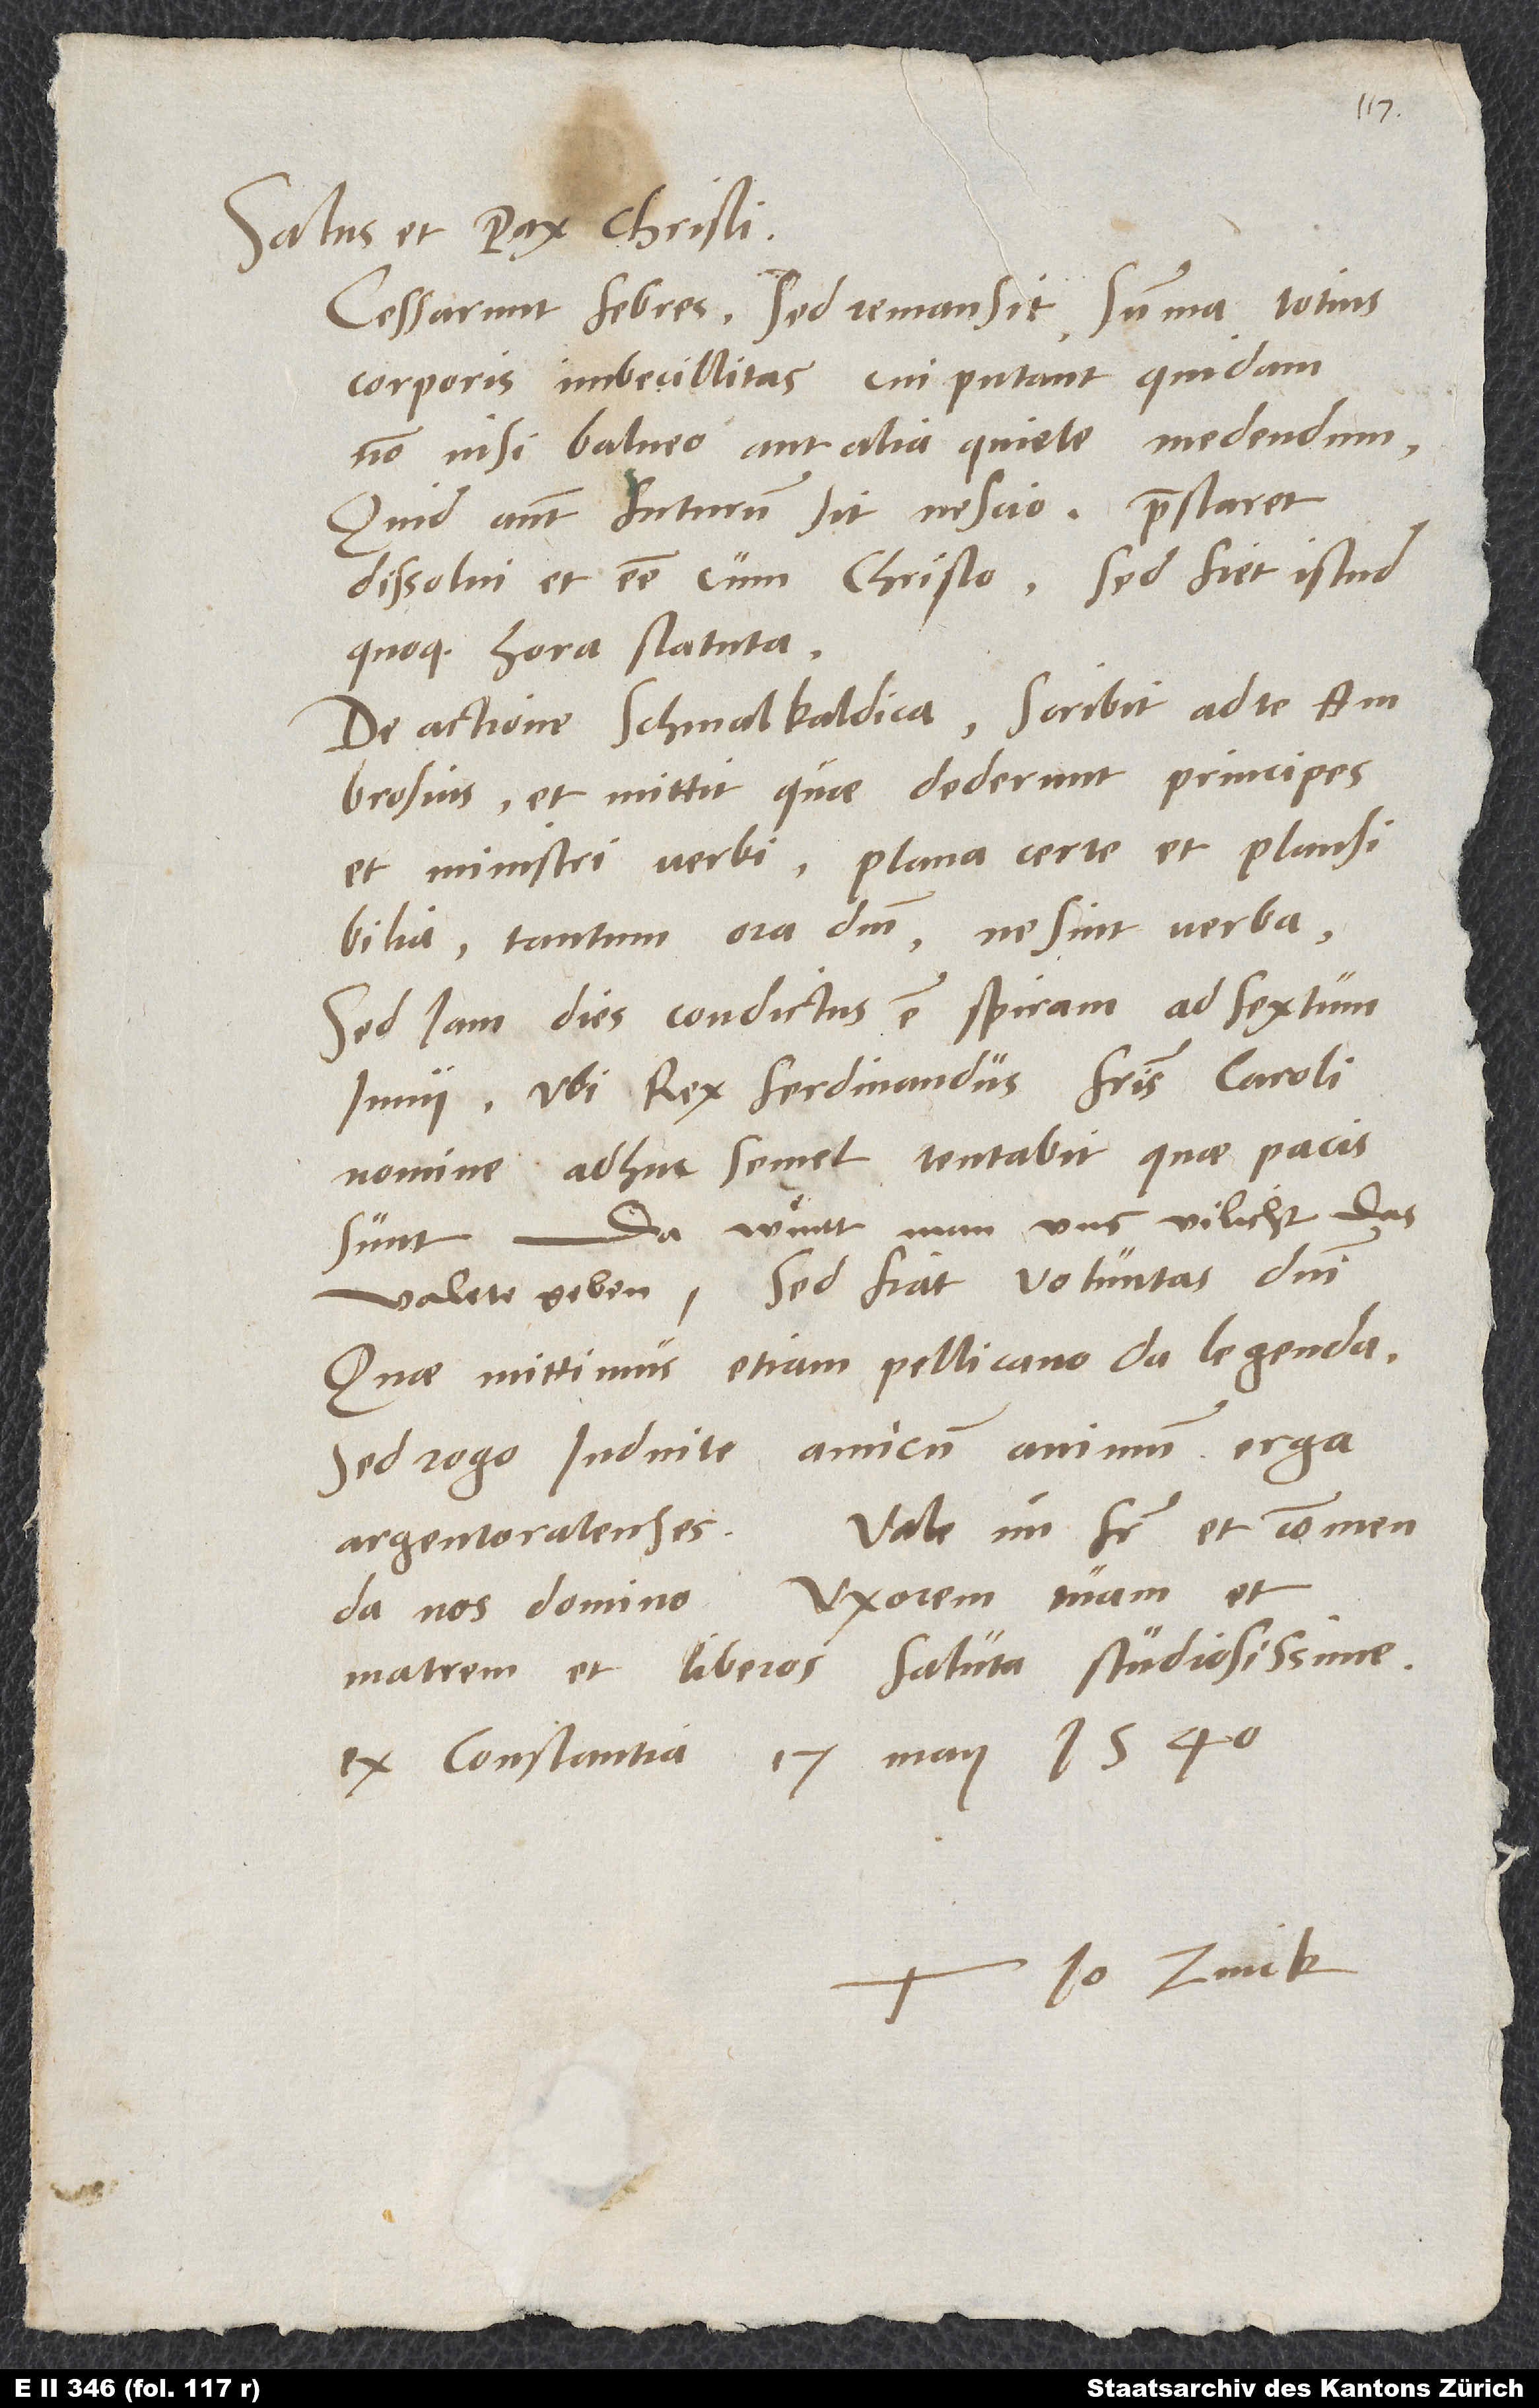
Salus et pax Christi.
Cessarunt febres, sed remansit summa totius
corporis imbecillitas, cui putant quidam
non nisi balneo aut alia quiete medendum.
Quid autem futurum sit, nescio. Praestaret
dissolvi et esse cum Christo; sed fiet istud
quoque hora statuta.
De actione Schmalkaldica scribit ad te
Ambrosius et mittit, quae dederunt principes
et ministri verbi, plana certe et plausibilia;
tantum ora deum, ne sint verba.
Sed iam dies condictus est Spiram ad sextum
iunii, ubi rex Ferdinandus fratris Caroli
nomine adhuc semel tentabit, quae pacis
sunt. Da würt man uns vilicht das
valete geben; sed fiat voluntas domini.
Quae mittimus, etiam Pellicano da legenda.
Sed rogo, induite amicum animum erga
nos domino. Uxorem tuam et
matrem et liberos saluta studiosissime.
Ex Constantia, 17. maii 1540.
Tuus Io. Zvick.